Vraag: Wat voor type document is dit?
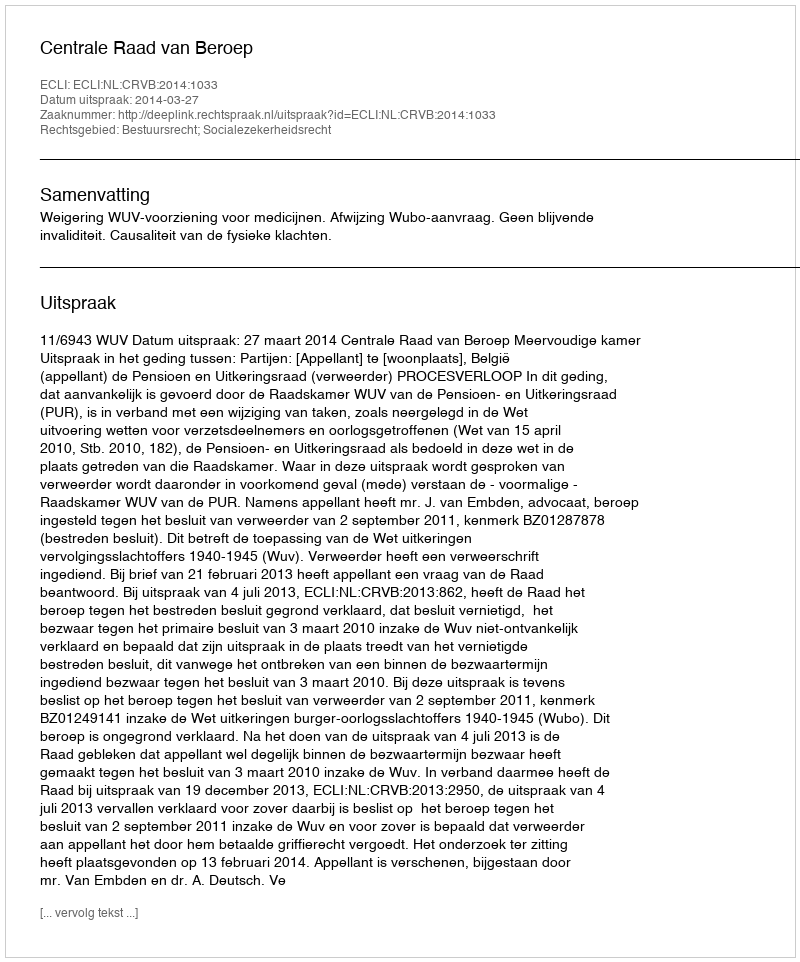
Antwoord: Uitspraak